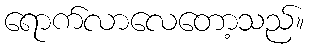
ရောက်လာလေတော့သည်။